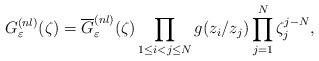
LaTeX: \begin{align*}G_{\varepsilon}^{(nl)}(\zeta)=\overline{G}_{\varepsilon}^{(nl)}(\zeta) \prod_{1\leq i< j \leq N} g(z_i/z_j)\prod_{j=1}^N\zeta_j^{j-N},\end{align*}